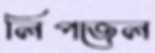
লিপজেল